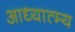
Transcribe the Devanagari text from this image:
आध्यात्म्य